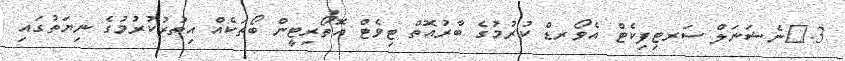
3.	ނެޝަނަލް ސަރޓިފިކެޓް އެވޯރޑް ކުރުމުގެ ބާރުއޮތް ޓިވެޓް އޮތޯރިޓީން ބޯތަކެއް އިތުރުކުރުމުގެ ނިޔަތުގައި